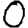
Digit: 0